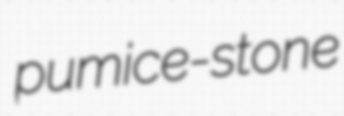
pumice-stone